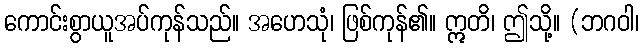
ကောင်းစွာယူအပ်ကုန်သည်။ အဟေသုံ၊ ဖြစ်ကုန်၏။ ဣတိ၊ ဤသို့။ (ဘဂဝါ၊